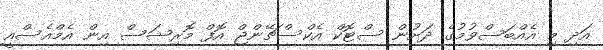
އަދި މި އެއްބަސްވުމުގެ ދަށުން ސްޓޮކް އެކްސްޗޭންޖް އޮފް މޮރިޝަސް އިން އެމްއެސްއީ